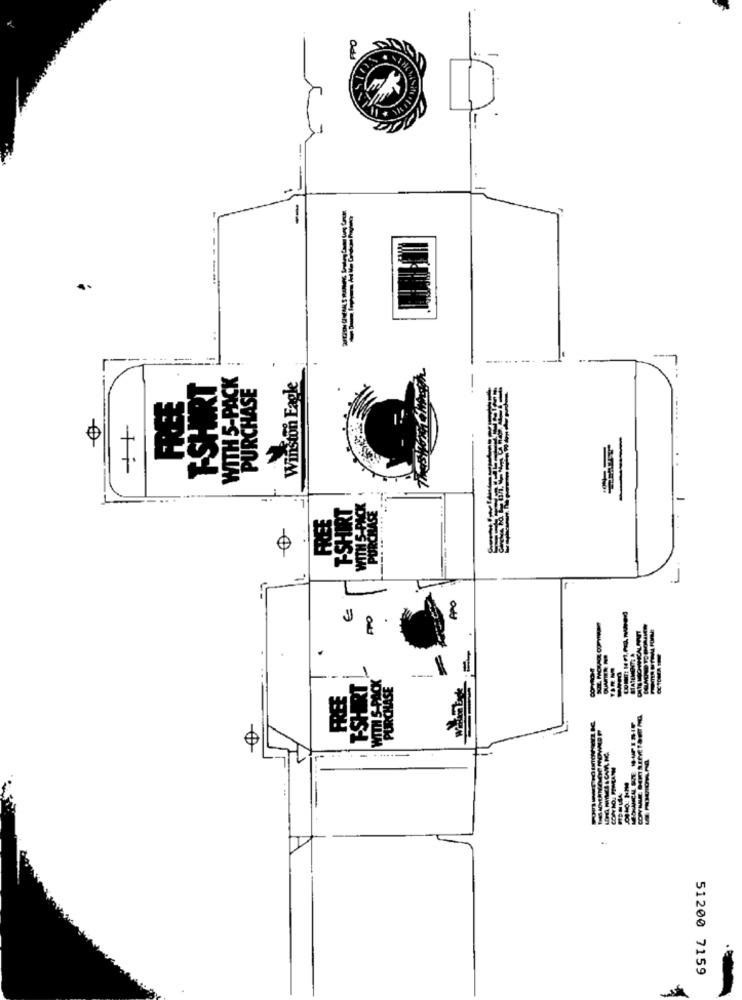
PPO
1-
Winston Eagle
SE
WITH 5-P
PURCH
-+
-.. .
-----
51200 7159